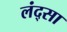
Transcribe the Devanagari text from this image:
लंद्सा